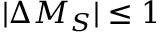
| \Delta M _ { S } | \le 1